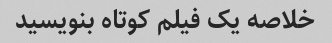
خلاصه یک فیلم کوتاه بنویسید